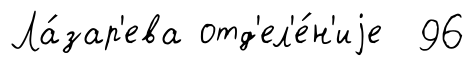
Ла́зар'ева отд'ел'е́н'иjе 96